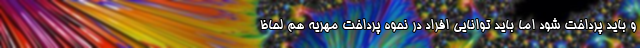
و باید پرداخت شود اما باید توانایی افراد در نحوه پرداخت مهریه هم لحاظ